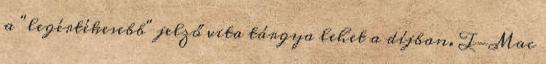
a "legértékesebb" jelző vita tárgya lehet a díjban. T-Mac